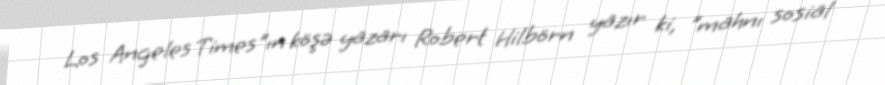
Los Angeles Times"ın köşə yazarı Robert Hilbörn yazır ki, "mahnı sosial